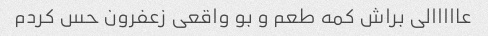
عااااالی براش کمه طعم و بو واقعی زعفرون حس کردم